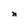
Character: n